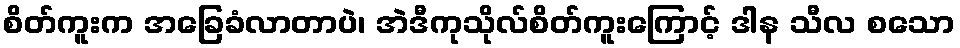
စိတ်ကူးက အခြေခံလာတာပဲ၊ အဲဒီကုသိုလ်စိတ်ကူးကြောင့် ဒါန သီလ စသော